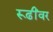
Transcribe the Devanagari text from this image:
रूढींवर